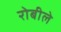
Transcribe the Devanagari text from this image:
रोबीले